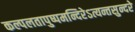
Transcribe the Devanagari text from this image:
कल्पलतापुष्पमन्दिरेऽत्यन्तसुन्दरे